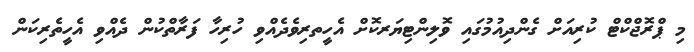
މި ޕްރޮޖްކްޓް ކުރިއަށް ގެންދިއުމުގައި ވޮލިންޓިޔަރކޮށް އެހީތރިވެދެއްވި ހުރިހާ ފަރާތްކުން ދެއްވި އެހީތެރިކަން